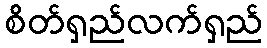
စိတ်ရှည်လက်ရှည်